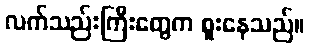
လက်သည်းကြီးတွေက စူးနေသည်။